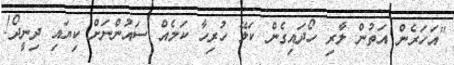
''އަހަރެން އަތުން ލާރި ހޯދައިގެން ކަލޭ ހުރިހާ ކަމެއް ސައުންނަށް ކިޔައި ދިނީދޯ!